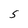
Character: S